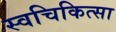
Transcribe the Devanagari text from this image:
स्वचिकित्सा